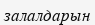
залалдарын